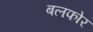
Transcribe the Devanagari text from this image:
बलफोर